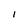
Character: I